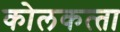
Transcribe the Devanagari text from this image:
कोलकत्‍ता